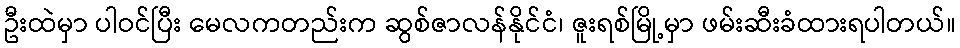
ဦးထဲမှာ ပါဝင်ပြီး မေလကတည်းက ဆွစ်ဇာလန်နိုင်ငံ၊ ဇူးရစ်မြို့မှာ ဖမ်းဆီးခံထားရပါတယ်။